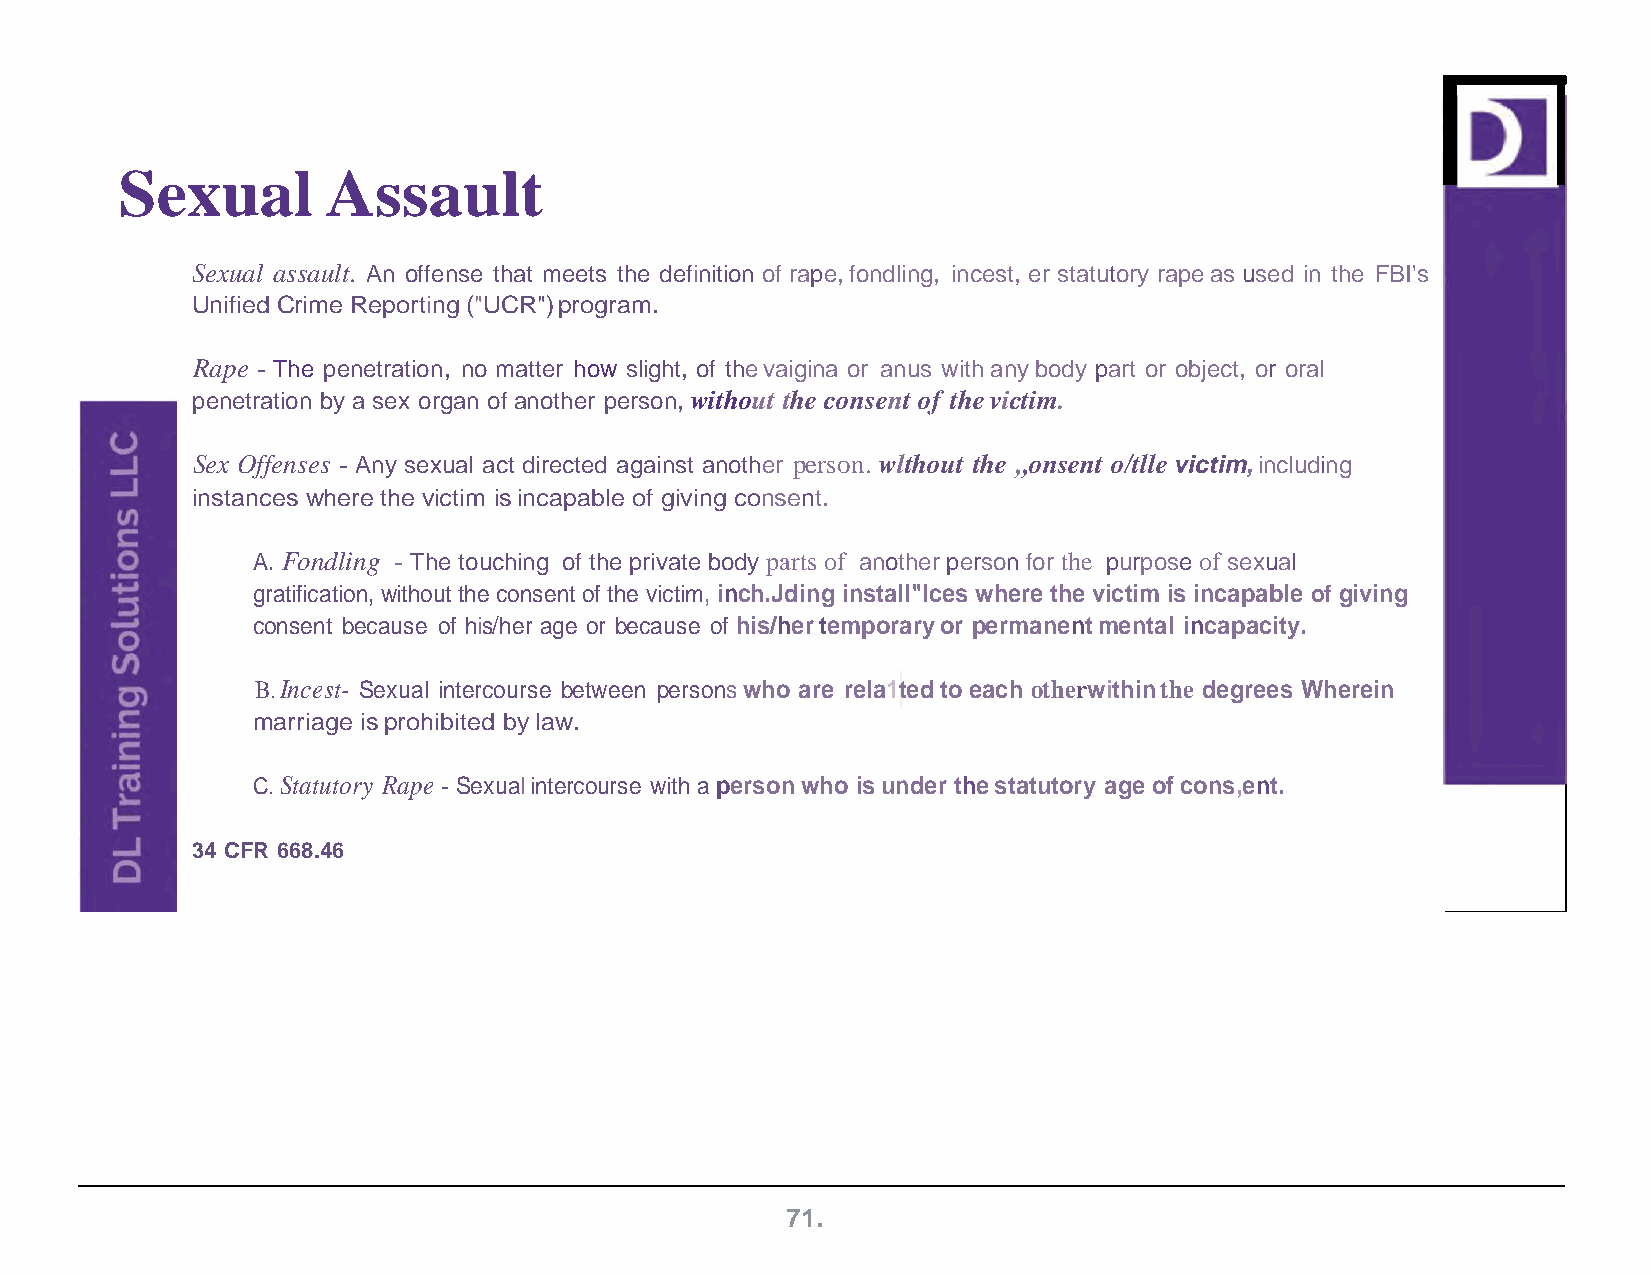
Sexual        Assault
 Sexual assault. An offense that meets the definition of rape, fondling, incest, er statutory rape as used in the FBI's
 Unified Crime Reporting ("UCR") program.
 Rape - The penetration, no matter how slight, of the vaigina or anus with any body part or object, or oral
 penetration by a sex organ of another person, without the consent of the victim.
 Sex Offenses - Any sexual act directed against another person. wlthout the ,,onsent o/tlle victim, including
 instances where the victim is incapable of giving consent.
 A. Fondling - The touching of the private body parts of another person for the purpose of sexual
 gratification, without the consent of the victim, inch.Jding install"lces where the victim is incapable of giving
 consent because of his/her age or because of his/her temporary or permanent mental incapacity.
 B. Incest- Sexual intercourse between persons who are rela1ted to each otherwithin the degrees Wherein
 marriage is prohibited by law.
 C. Statutory Rape - Sexual intercourse with a person who is under the statutory age of cons,ent.
 34 CFR 668.46
 71.